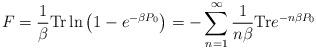
LaTeX: \begin{align*}F=\frac{1}{\beta}{\rm Tr}\ln\left( 1-e^{-\beta P_0}\right)=-\sum_{n=1}^\infty\frac{1}{n\beta}{\rm Tr} e^{-n \beta P_0} \end{align*}